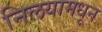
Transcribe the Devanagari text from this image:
निलयामधून